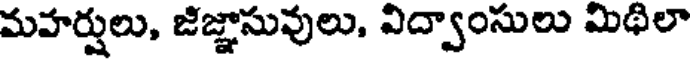
మహర్షులు, జిజ్ఞాసువులు, విద్వాంసులు మిథిలా